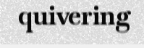
quivering